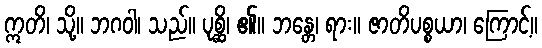
ဣတိ၊ သို့။ ဘဂဝါ၊ သည်။ ပုစ္ဆိ၊ ၏။ ဘန္တေ၊ ရား။ ဇာတိပစ္စယာ၊ ကြောင့်။